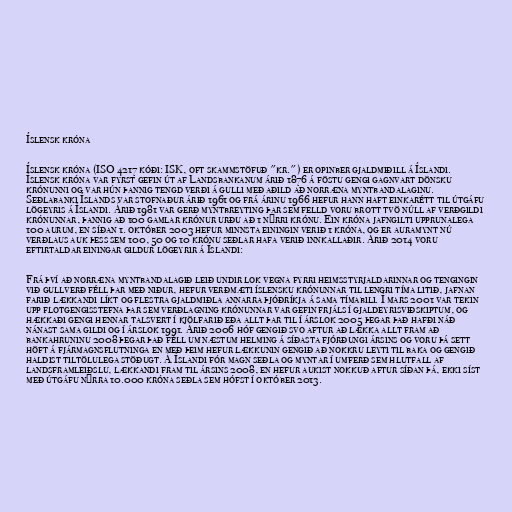
Íslensk króna

Íslensk króna (ISO 4217 kóði: ISK, oft skammstöfuð "kr.") er opinber gjaldmiðill á Íslandi.
Íslensk króna var fyrst gefin út af Landsbankanum árið 1876 á föstu gengi gagnvart dönsku
krónunni og var hún þannig tengd verði á gulli með aðild að norræna myntbandalaginu.
Seðlabanki Íslands var stofnaður árið 1961 og frá árinu 1966 hefur hann haft einkarétt til útgáfu
lögeyris á Íslandi. Árið 1981 var gerð myntbreyting þar sem felld voru brott tvö núll af verðgildi
krónunnar, þannig að 100 gamlar krónur urðu að 1 nýrri krónu. Ein króna jafngilti upprunalega
100 aurum, en síðan 1. október 2003 hefur minnsta einingin verið 1 króna, og er auramynt nú
verðlaus auk þess sem 100, 50 og 10 krónu seðlar hafa verið innkallaðir. Árið 2014 voru
eftirtaldar einingar gildur lögeyrir á Íslandi:

Frá því að norræna myntbandalagið leið undir lok vegna fyrri heimsstyrjaldarinnar og tengingin
við gullverð féll þar með niður, hefur verðmæti íslensku krónunnar til lengri tíma litið, jafnan
farið lækkandi líkt og flestra gjaldmiðla annarra þjóðríkja á sama tímabili. Í mars 2001 var tekin
upp flotgengisstefna þar sem verðlagning krónunnar var gefin frjáls í gjaldeyrisviðskiptum, og
hækkaði gengi hennar talsvert í kjölfarið eða allt þar til í árslok 2005 þegar það hafði náð
nánast sama gildi og í árslok 1991. Árið 2006 hóf gengið svo aftur að lækka allt fram að
bankahruninu 2008 þegar það féll um næstum helming á síðasta fjórðungi ársins og voru þá sett
höft á fjármagnsflutninga en með þeim hefur lækkunin gengið að nokkru leyti til baka og gengið
haldist tiltölulega stöðugt. Á Íslandi fór magn seðla og myntar í umferð sem hlutfall af
landsframleiðslu, lækkandi fram til ársins 2008, en hefur aukist nokkuð aftur síðan þá, ekki síst
með útgáfu nýrra 10.000 króna seðla sem hófst í október 2013.